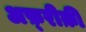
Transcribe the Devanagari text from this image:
अफ़्रीक़ी